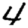
Digit: 4